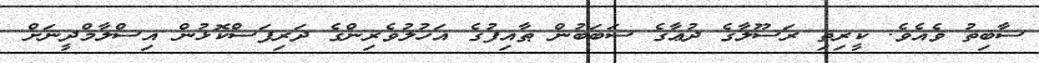
ސާބިތު ވެއެވެ. ކީރިތި ރަސޫލާގެ ދުޢާގެ ސަބަބުން ޠާއިފުގެ އަހުލުވެރިންގެ ދަރިފަސްކޮޅުން އިސްލާމްދީނަށް